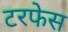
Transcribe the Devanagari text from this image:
टरफेस